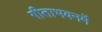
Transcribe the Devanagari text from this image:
गीताभवनमें